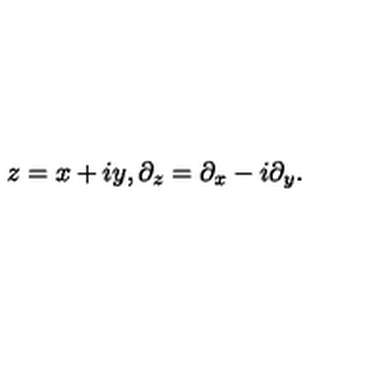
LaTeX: z = x + i y , \partial _ { z } = \partial _ { x } - i \partial _ { y } .